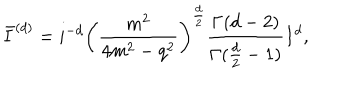
\bar { I } ^ { ( d ) } = i ^ { - d } \left( \frac { m ^ { 2 } } { 4 m ^ { 2 } - q ^ { 2 } } \right) ^ { \frac { d } { 2 } } \frac { \Gamma ( d - 2 ) } { \Gamma ( \frac { d } { 2 } - 1 ) } I ^ { d } ,